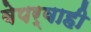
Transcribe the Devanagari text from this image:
बेपर्वाही